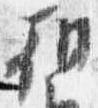
朝